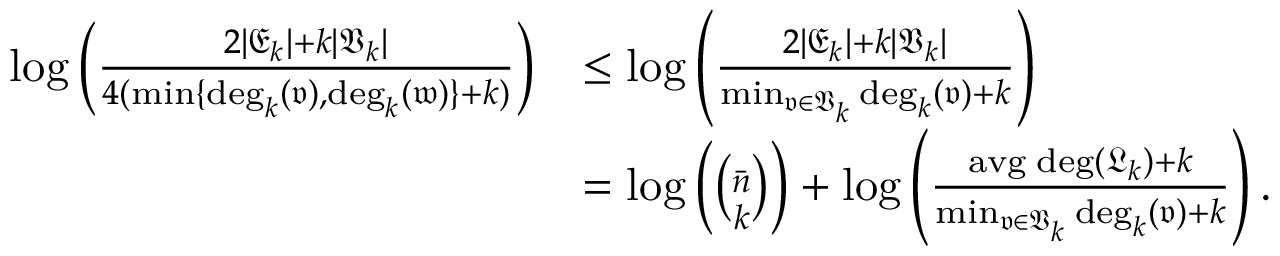
\begin{array} { r l } { \log \left( \frac { 2 | \mathfrak { E } _ { k } | + k | \mathfrak { V } _ { k } | } { 4 ( \operatorname* { m i n } \{ \mathrm { d e g } _ { k } ( \mathfrak { v } ) , \mathrm { d e g } _ { k } ( \mathfrak { w } ) \} + k ) } \right) } & { \leq \log \left( \frac { 2 | \mathfrak { E } _ { k } | + k | \mathfrak { V } _ { k } | } { \operatorname* { m i n } _ { \mathfrak { v } \in \mathfrak { V } _ { k } } \mathrm { d e g } _ { k } ( \mathfrak { v } ) + k } \right) } \\ & { = \log \left( \binom { \bar { n } } { k } \right) + \log \left( \frac { \mathrm { a v g \; d e g } ( \mathfrak { L } _ { k } ) + k } { \operatorname* { m i n } _ { \mathfrak { v } \in \mathfrak { V } _ { k } } \mathrm { d e g } _ { k } ( \mathfrak { v } ) + k } \right) . } \end{array}